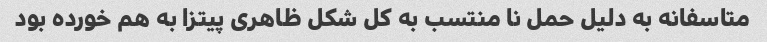
متاسفانه به دلیل حمل نا منتسب به کل شکل ظاهری پیتزا به هم خورده بود